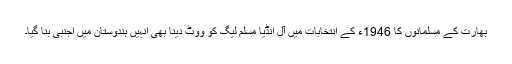
بھارت کے مسلمانوں کا 1946ء کے انتخابات میں آل انڈیا مسلم لیگ کو ووٹ دینا بھی انہیں ہندوستان میں اجنبی بنا گیا۔